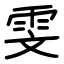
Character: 雯